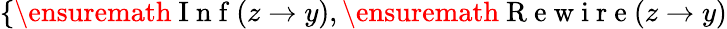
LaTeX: \{ \ensuremath{\mathrm{~I~n~f~}}(z\to y),\ensuremath{\mathrm{~R~e~w~i~r~e~}}(z\to y)